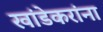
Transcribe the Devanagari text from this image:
खांडेकरांना